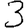
Digit: 3